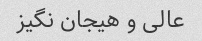
عالی و هیجان نگیز